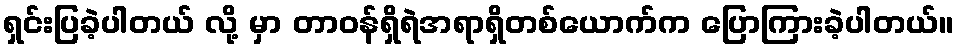
ရှင်းပြခဲ့ပါတယ် လို့ မှာ တာဝန်ရှိရဲအရာရှိတစ်ယောက်က ပြောကြားခဲ့ပါတယ်။